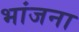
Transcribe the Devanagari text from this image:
भांजना